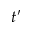
t ^ { \prime }